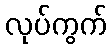
လုပ်ကွက်